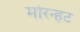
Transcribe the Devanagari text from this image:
मोरन्हट